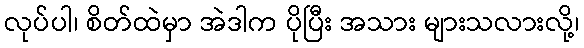
လုပ်ပါ၊ စိတ်ထဲမှာ အဲဒါက ပိုပြီး အသား များသလားလို့၊